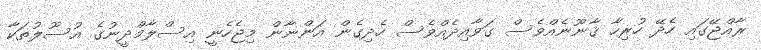
ރާއްޖޭގައި ހެދޭ ހުރިހާ ޤާނޫނެއްވެސް ގަވާއިދެއްވެސް ހެދިގެން އަންނާން މިޖެހެނީ އިސްލާމްދީނުގެ އުސޫލުތަކާ